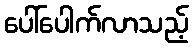
ပေါ်ပေါက်လာသည့်